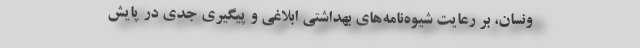
ونسان، بر رعایت شیوه‌نامه‌های بهداشتی ابلاغی و پیگیری جدی در پایش